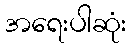
အရေးပါဆုံး